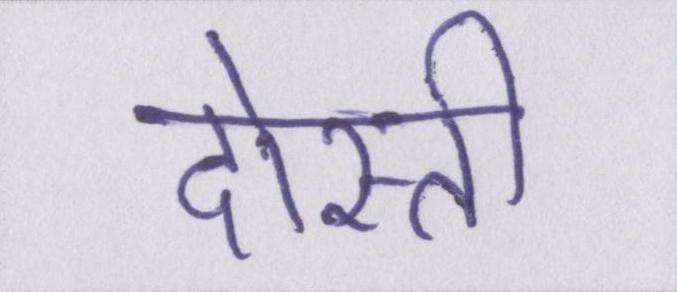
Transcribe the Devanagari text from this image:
दोस्ती